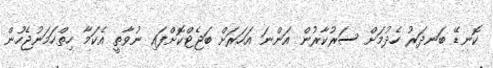
ކޮނޑޭ ބަނދަރު ހެދުމަށް ސަރުކާރުން އަންނަ އަހަރަށް ބަޖެޓްކޮށްފައި ނުވާތީ އެކަމާ ހިތްހަމަނުޖެހުން